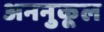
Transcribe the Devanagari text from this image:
अननुकूल